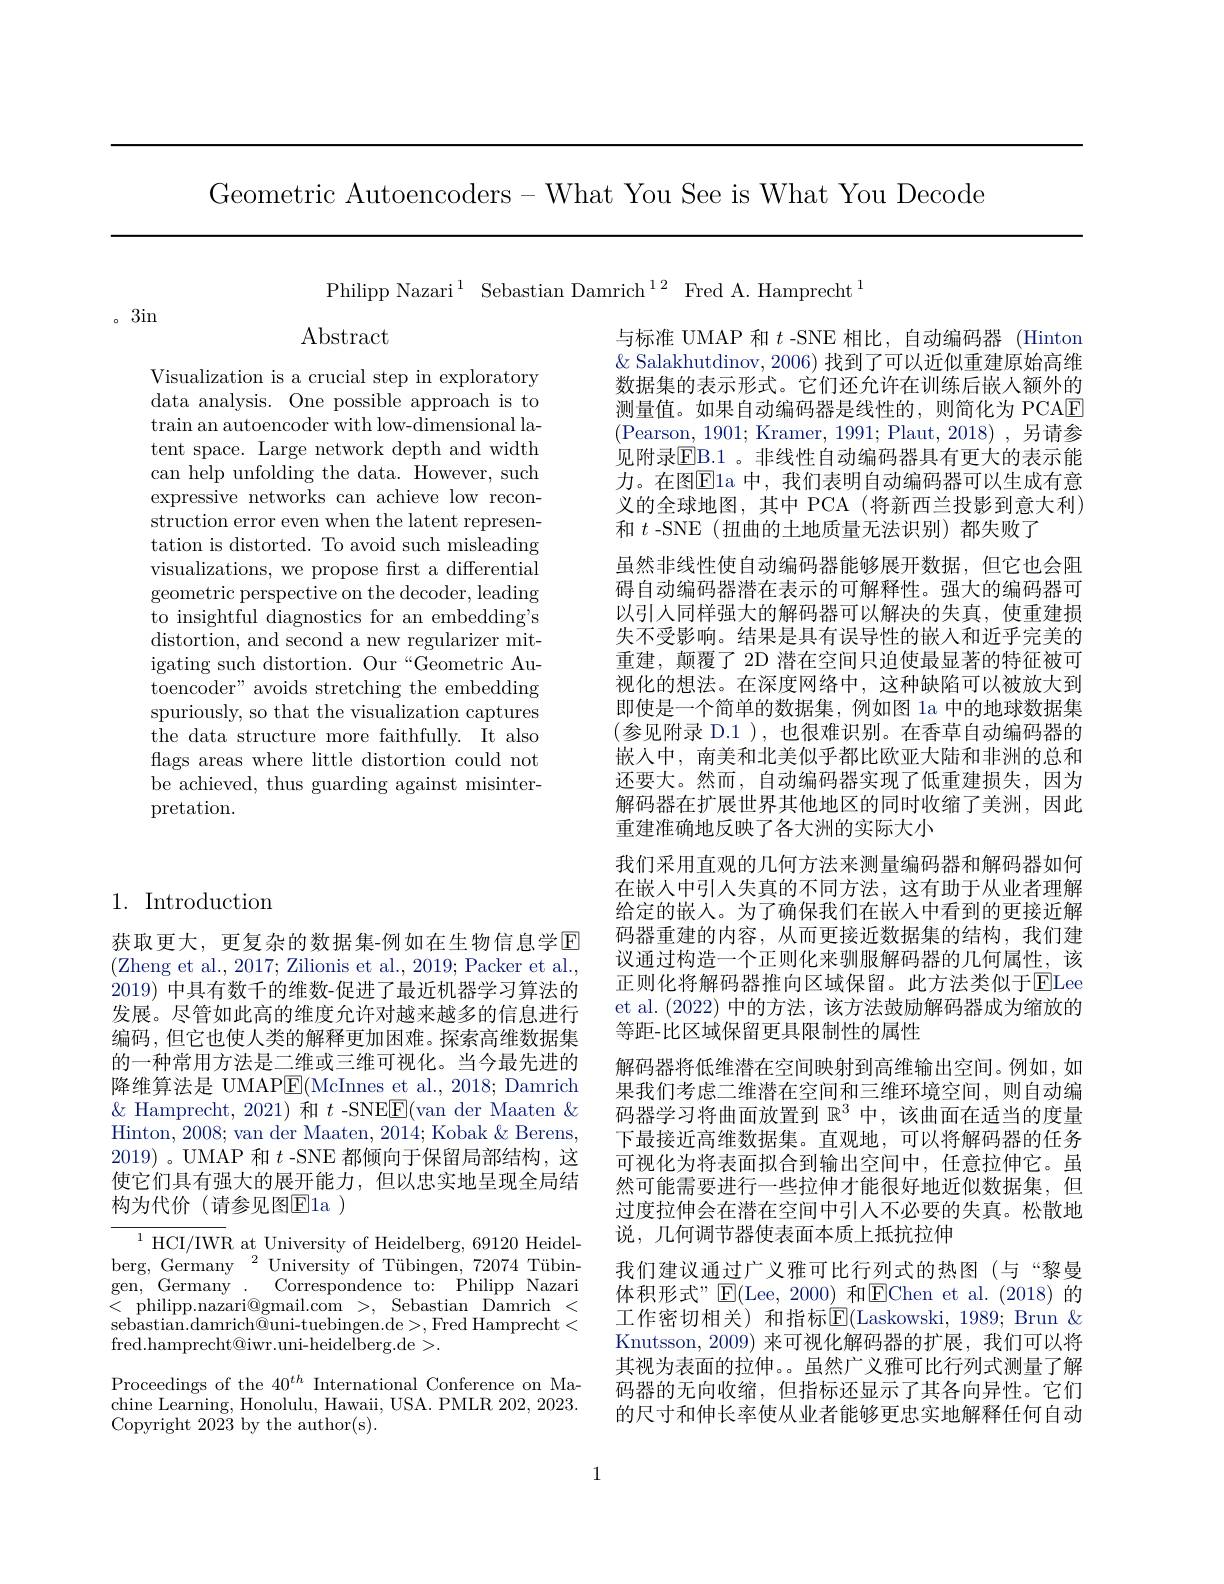
Geometric Autoencoders-What You See is What You Decode

Philipp Nazari$^1$ Sebastian Damrich$^{12}$ Fred A. Hamprecht$^1$

。3in

$\operatorname{Abstract}$

Visualization is a crucial step in exploratory data analysis. One possible approach is to train an autoencoder with low-dimensional latent space. Large network depth and width can help unfolding the data. However, such expressive networks can achieve low reconstruction error even when the latent representation is distorted. To avoid such misleading visualizations, we propose first a differential geometric perspective on the decoder, leading to insightful diagnostics for an embedding's distortion, and second a new regularizer mitigating such distortion. Our“Geometric Autoencoder" avoids stretching the embedding spuriously, so that the visualization captures the data structure more faithfully. It also flags areas where little distortion could not be achieved, thus guarding against misinterpretation.

与标准 UMAP 和$t$ -SNE 相比，自动编码器 (Hinton $\&$ Salakhutdinov, 2006) 找到了可以近似重建原始高维数据集的表示形式。它们还允许在训练后嵌人额外的测量值。如果自动编码器是线性的，则简化为 PCAE (Pearson, 1901; Kramer, 1991; Plaut, 2018),另请参见附录$\overline{\mathrm{EB.1~。非线性自动编码器具有更大的表示能}}$ 力。在图$\overline{\mathrm{E}}$la 中，我们表明自动编码器可以生成有意义的全球地图，其中 PCA(将新西兰投影到意大利) 和$t$ -SNE (扭曲的土地质量无法识别)都失败了
虽然非线性使自动编码器能够展开数据，但它也会阻碍自动编码器潜在表示的可解释性。强大的编码器可以引人同样强大的解码器可以解决的失真，使重建损失不受影响。结果是具有误导性的嵌入和近乎完美的重建，颠覆了 2D 潜在空间只迫使最显著的特征被可视化的想法。在深度网络中，这种缺陷可以被放大到即使是一个简单的数据集，例如图 la 中的地球数据集(参见附录 D.1 ), 也很难识别。在香草自动编码器的嵌入中，南美和北美似乎都比欧亚大陆和非洲的总和还要大。然而，自动编码器实现了低重建损失，因为解码器在扩展世界其他地区的同时收缩了美洲，因此重建准确地反映了各大洲的实际大小
我们采用直观的几何方法来测量编码器和解码器如何在嵌入中引人失真的不同方法，这有助于从业者理解给定的嵌入。为了确保我们在嵌人中看到的更接近解码器重建的内容，从而更接近数据集的结构，我们建议通过构造一个正则化来驯服解码器的几何属性，该正则化将解码器推向区域保留。此方法类似于ELee et al. (2022)中的方法，该方法鼓励解码器成为缩放的等距-比区域保留更具限制性的属性
解码器将低维潜在空间映射到高维输出空间。例如，如果我们考虑二维潜在空间和三维环境空间，则自动编码器学习将曲面放置到$\mathbb{R}^3$中，该曲面在适当的度量下最接近高维数据集。直观地，可以将解码器的任务可视化为将表面拟合到输出空间中，任意拉伸它。虽然可能需要进行一些拉伸才能很好地近似数据集，但过度拉伸会在潜在空间中引人不必要的失真。松散地说，几何调节器使表面本质上抵抗拉伸
我们建议通过广义雅可比行列式的热图(与“黎曼体积形式”$\operatorname{E}($Lee,2000)和$\operatorname{E}$Chen et al.(2018)的工作密切相关) 和指标$\operatorname{E}($Laskowski, 1989; Brun $\&$ Knutsson, 2009) 来可视化解码器的扩展，我们可以将其视为表面的拉伸。。虽然广义雅可比行列式测量了解码器的无向收缩，但指标还显示了其各向异性。它们的尺寸和伸长率使从业者能够更忠实地解释任何自动

## 1. Introduction

获取更大，更复杂的数据集-例如在生物信息学$\overline{\mathrm{E}}$ (Zheng et al., 2017; Zilionis et al., 2019; Packer et al., 2019) 中具有数千的维数-促进了最近机器学习算法的发展。尽管如此高的维度允许对越来越多的信息进行编码，但它也使人类的解释更加困难。探索高维数据集的一种常用方法是二维或三维可视化。当今最先进的降维算法是 UMAP$\underline{\mathrm{E}}($McInnes et al., 2018; Damrich $\&$ Hamprecht, 2021)和$t$ -SNE$\underline{\mathrm{E}}($van der Maaten $\&$ Hinton, 2008; van der Maaten, 2014; Kobak & Berens, 2019)。UMAP 和$t$ -SNE 都倾向于保留局部结构，这使它们具有强大的展开能力，但以忠实地呈现全局结构为代价(请参见图E1a )

$\overline{{^{1}\text{HCI/IWR at University of Heidelberg, 69120 Heidel-}}}$ berg, Germany$^2$Universityof Tübingen,72074Tübingen, Germany. Correspondence to: Philipp Nazari $\begin{array}{l}{<\text{philipp.nazari@gmail.com >,}}&{\mathrm{Sebastian~Damrich~<}}\\{\mathrm{sebastian.damrich@uni-tuebingen.de>,Fred~Hamprecht<}}\end{array}$ fred.hamprecht@iwr.uni-heidelberg.de>.

Proceedings of the 40$^th$ International Conference on Machine Learning, Honolulu, Hawaii, USA. PMLR 202, 2023. Copyright 2023 by the author(s).

1